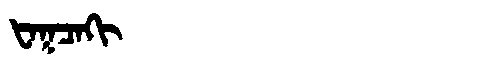
Manchu: ᡶᠠᡴᠴᠠᡴᡳ
Romanization: FAKCAKI